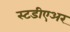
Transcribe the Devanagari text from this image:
स्टडीएअर